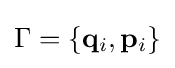
\Gamma =\{\mathbf {q} _{i},\mathbf {p} _{i}\}